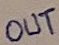
Text: OUT